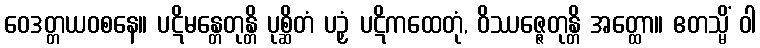
ဝေဒတ္တယဝစနေ။ ပဋိမန္တေတုန္တိ ပုစ္ဆိတံ ပဉှံ ပဋိကထေတုံ, ဝိဿဇ္ဇေတုန္တိ အတ္ထော။ ဧတသ္မိံ ဝါ